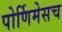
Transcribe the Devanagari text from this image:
पोर्णिमेसच